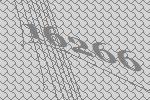
16266